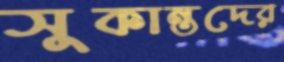
সুকান্তদের